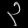
Digit: ၃